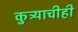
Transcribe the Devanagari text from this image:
कुत्र्याचीही